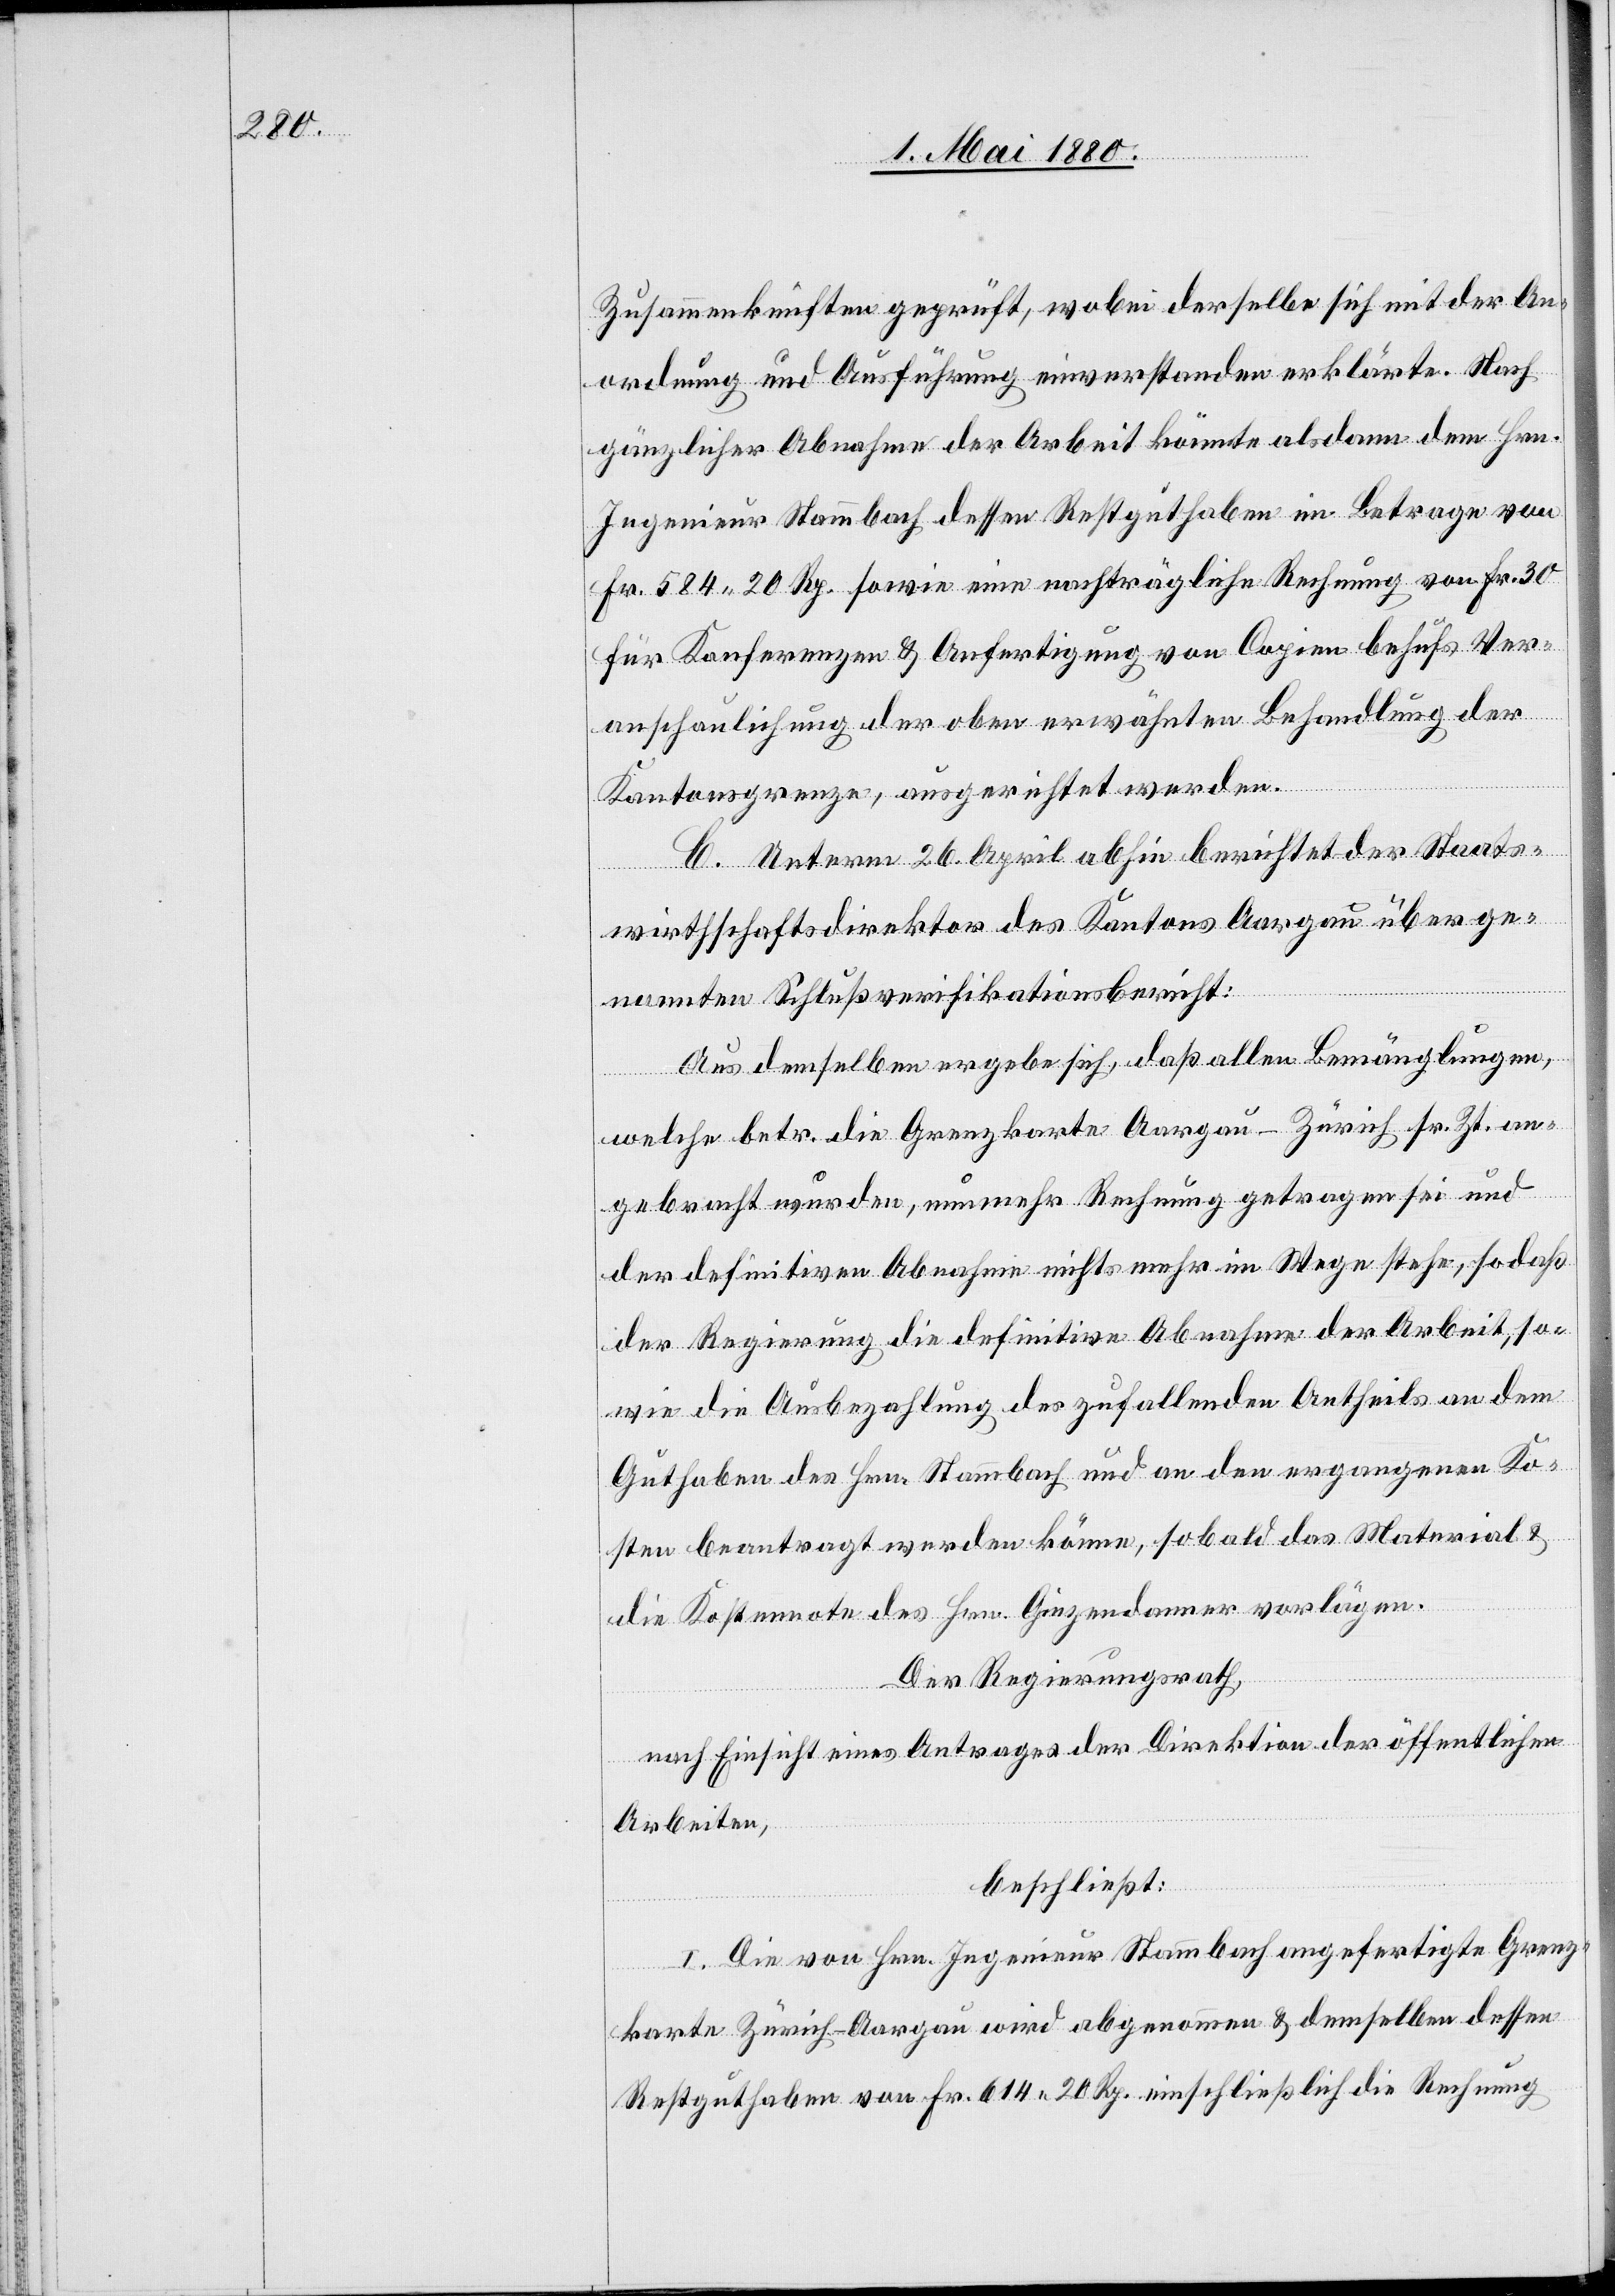
Zusammenkünften geprüft, wobei derselbe sich mit der An¬
ordnung und Ausführung einverstanden erklärte. Nach
gänzlicher Abnahme der Arbeit könnte alsdann dem Hrn.
Ingenieur Stammbach dessen Restguthaben im Betrage von
Fr. 584. 20 Rp. sowie eine nachträgliche Rechnung von Fr. 30
für Konferenzen & Anfertigung von Copien behufs Ver¬
anschaulichung der oben erwähnten Behandlung der
Kantonsgrenze, ausgerichtet werden.
C. Unterm 26. April berichtet der Staats¬
wirthschaftsdirektor des Kantons Aargau über ge¬
nannten Schlußverifikationsbericht:
Aus demselben ergebe sich, daß allen Bemänglungen,
welche betr. die Grenzkarte Aargau–Zürich sr. Zt. an¬
gebracht wurden, nunmehr Rechnung getragen sei und
der definitiven Abnahme nichts mehr im Wege stehe, sodaß
der Regierung die definitive Abnahme der Arbeit, so¬
wie die Ausbezahlung des zufallenden Antheils an dem
Guthaben des Hrn. Stammbach und an den ergangenen Ko¬
sten beantragt werden könne, sobald das Material &
die Kostennote des Hrn. Giezendanner vorlägen.
Der Regierungsrath,
nach Einsicht eines Antrages der Direktion der öffentlichen
Arbeiten,
beschließt:
I. Die von Hrn. Ingenieur Stammbach angefertigte Grenz¬
karte Zürich–Aargau wird abgenommen & demselben dessen
Restguthaben von Fr. 614. 20 Rp. einschließlich die Rechnung